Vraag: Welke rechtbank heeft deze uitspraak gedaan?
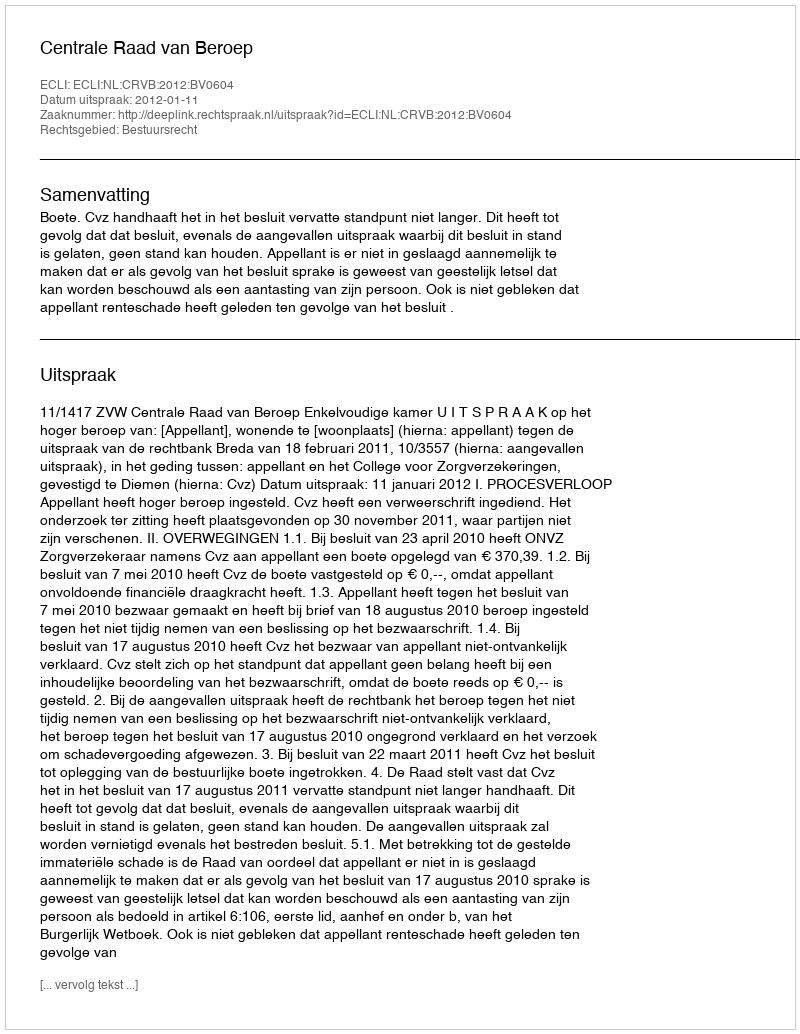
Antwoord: Centrale Raad van Beroep